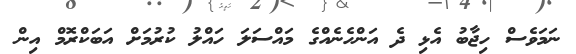
ނަމަވެސް ހިޖާބު އެޅި ދެ އަންހެނެއްގެ މައްސަލަ ހައްލު ކުރުމަށް އަބަކްރޮމް އިން